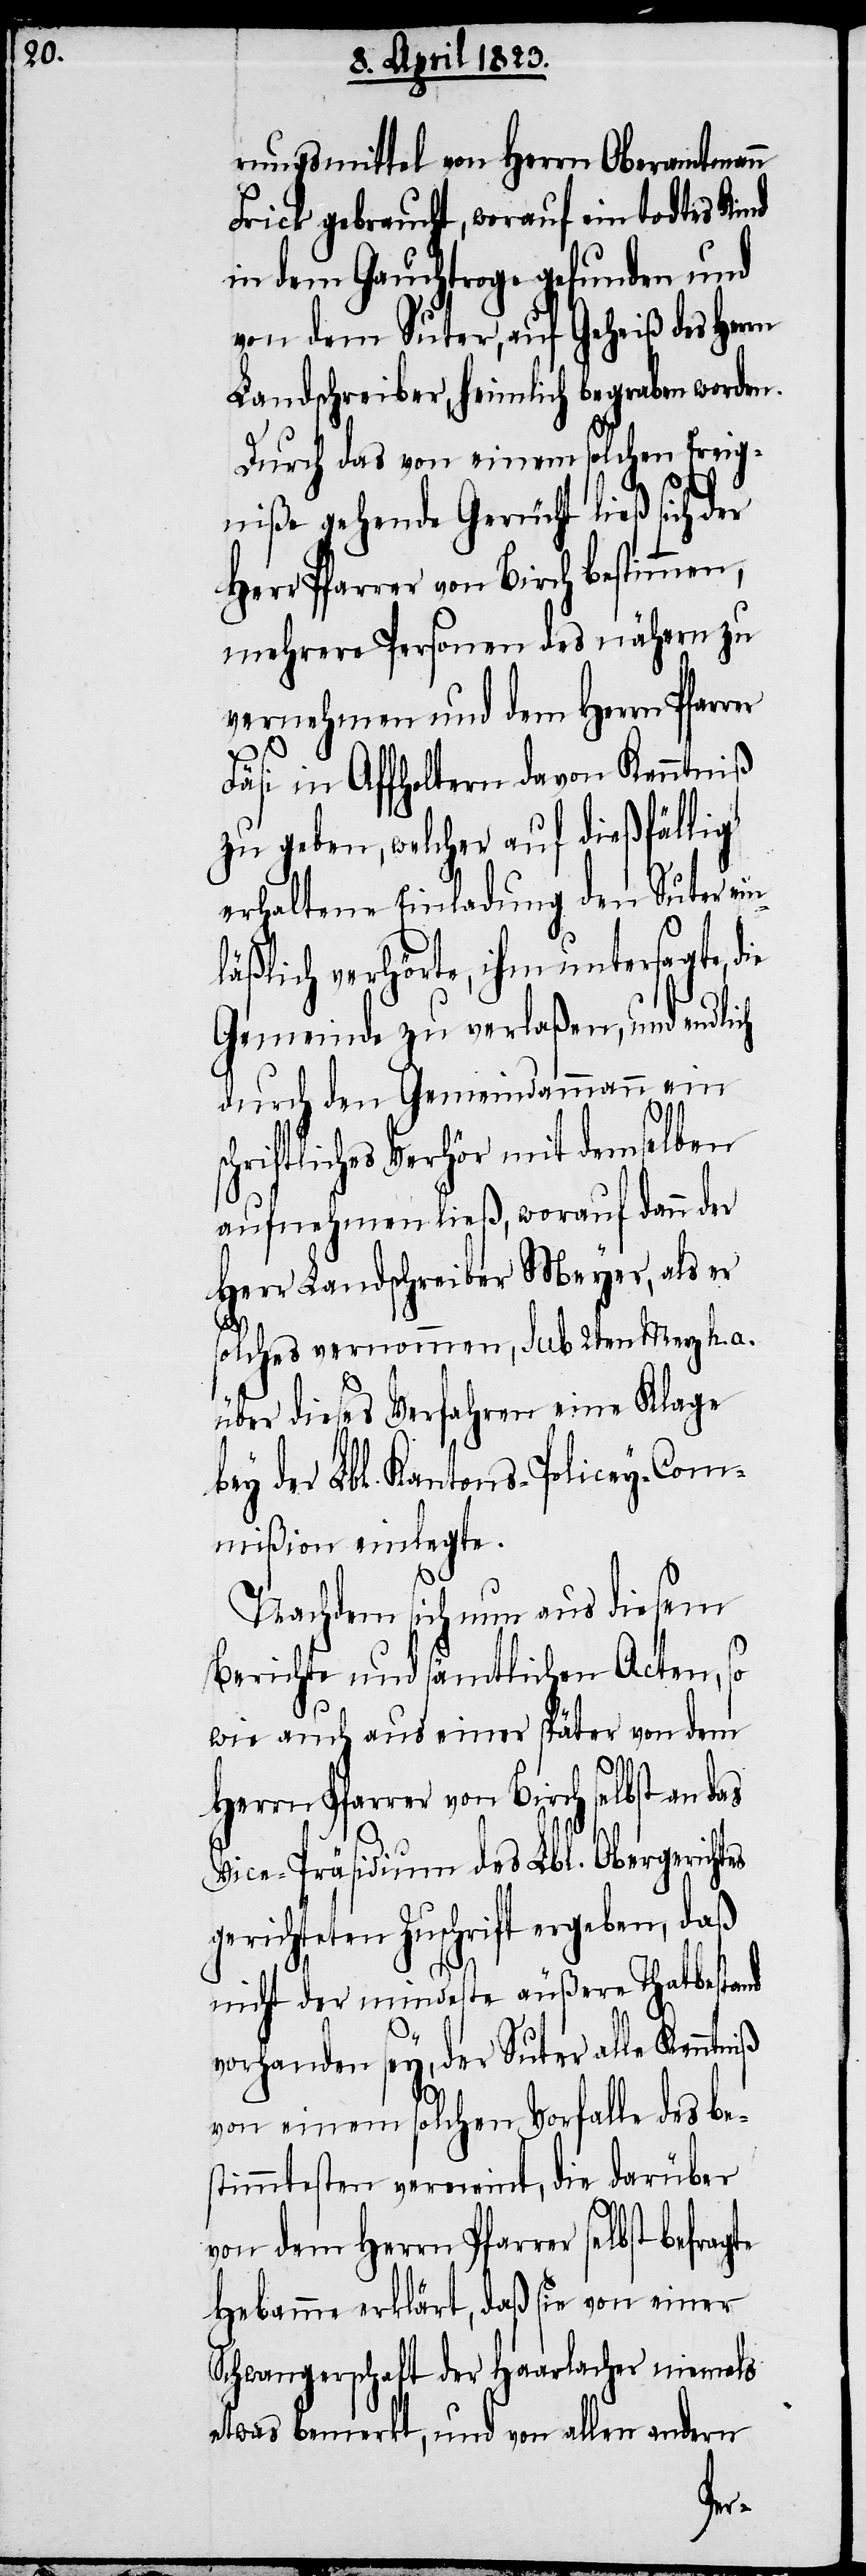
rungsmittel von Herrn Oberamtmann
Frick gebraucht, worauf ein todtes Kind
in dem Gauchtroge gefunden und
von dem Suter, auf Geheiß des Herrn
Landschreiber, heimlich begraben worden.
Durch das von einem solchen Ereig¬
niße gehende Gerücht ließ sich der
Herr Pfarrer von Birch bestimmen,
mehrere Personen des nähern zu
vernehmen und dem Herrn Pfarrer
Fäsi in Affholtern davon Kenntniß
zu geben, welcher auf dießfällig
erhaltene Einladung den Suter ein¬
läßlich verhörte, ihm untersagte, die
Gemeinde zu verlaßen, und endlich
durch den Gemeindammann ein
chriftliches Verhör mit demselben
aufnehmen ließ, worauf dann der
Herr Landschreiber Meyer, als er
solches vernommen, Sub 2ten Merz h. a.
über dieses Verfahren eine Klage
bey der Lbl. Kantons-Policey-Com¬
mißion einlegte
s¬
Nachdem sich nun aus diesem
Berichte und sämtlichen Acten, so
wie auch aus einer später von dem
Herrn Pfarrer von Birch selbst an
Vice-Präsidium des Lbl. Obergerichtes
gerichteten Zuschrift ergeben, daß
nicht der mindeste äußere Thatbestand
vorhanden sey, der Suter alle Kenntniß
von einem solchen Vorfalle des b¬
timmtesten verneint, die darüber
von dem Herrn Pfarrer selbst
Hebamme erklärt, daß sie von einer
Schwangerschaft der Haarlacher niemals
etwas bemerkt, und von allen andern
es¬